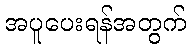
အပူပေးရန်အတွက်